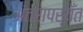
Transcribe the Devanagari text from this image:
अंतरापर्यँत